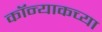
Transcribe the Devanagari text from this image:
कॉन्याकच्या